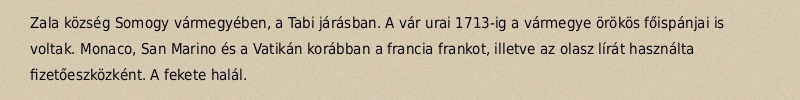
Zala község Somogy vármegyében, a Tabi járásban. A vár urai 1713-ig a vármegye örökös főispánjai is voltak. Monaco, San Marino és a Vatikán korábban a francia frankot, illetve az olasz lírát használta fizetőeszközként. A fekete halál.